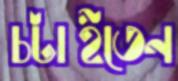
চটাইতেন